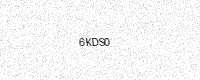
Text: 6KDS0